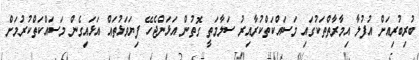
ބުރިބުރިއަށް އުފުލާ އިމާރާތްތަކުގައި މަސައްކަތްކުރާއިރު ސަލާމަތީ ގޮތުން އަޅަންޖެހޭ ފިޔަވަޅުތައް އަޅައިގެން މަސައްކަތްކުރުމަށް